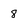
Character: 8